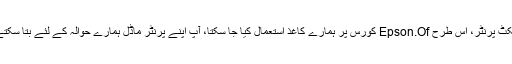
تاہم، مختلف قسم کے انک جیکٹ پرنٹر، اس طرح Epson.Of کورس پر ہمارے کاغذ استعمال کیا جا سکتا، آپ اپنے پرنٹر ماڈل ہمارے حوالہ کے لئے بتا سکتے ہیں کہ سب سے بہتر ہے ۔